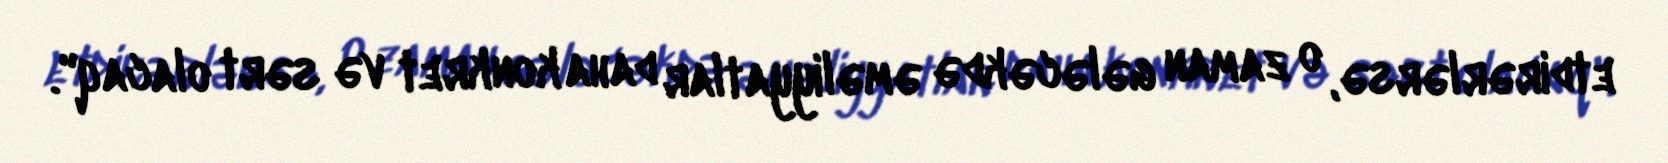
etdirərlərsə, o zaman gələcəkdə əməliyyatlar daha konkret və sərt olacaq".